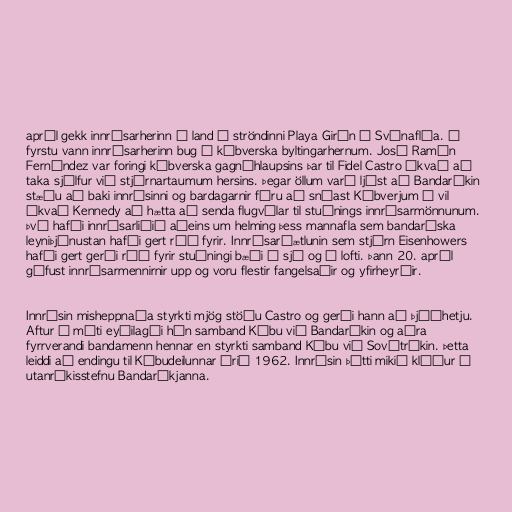
apríl gekk innrásarherinn á land á ströndinni Playa Girón í Svínaflóa. Í
fyrstu vann innrásarherinn bug á kúbverska byltingarhernum. José Ramón
Fernández var foringi kúbverska gagnáhlaupsins þar til Fidel Castro ákvað að
taka sjálfur við stjórnartaumum hersins. Þegar öllum varð ljóst að Bandaríkin
stæðu að baki innrásinni og bardagarnir fóru að snúast Kúbverjum í vil
ákvað Kennedy að hætta að senda flugvélar til stuðnings innrásarmönnunum.
Því hafði innrásarliðið aðeins um helming þess mannafla sem bandaríska
leyniþjónustan hafði gert ráð fyrir. Innrásaráætlunin sem stjórn Eisenhowers
hafði gert gerði ráð fyrir stuðningi bæði á sjó og í lofti. Þann 20. apríl
gáfust innrásarmennirnir upp og voru flestir fangelsaðir og yfirheyrðir.

Innrásin misheppnaða styrkti mjög stöðu Castro og gerði hann að þjóðhetju.
Aftur á móti eyðilagði hún samband Kúbu við Bandaríkin og aðra
fyrrverandi bandamenn hennar en styrkti samband Kúbu við Sovétríkin. Þetta
leiddi að endingu til Kúbudeilunnar árið 1962. Innrásin þótti mikið klúður í
utanríkisstefnu Bandaríkjanna.